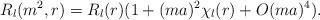
LaTeX: \begin{align*}R_l(m^2,r) = R_l(r) (1 + (ma)^2 \chi_l(r) + O(ma)^4).\end{align*}